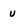
Character: u